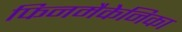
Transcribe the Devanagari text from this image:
फिनमैकेनिका